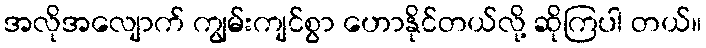
အလိုအလျောက် ကျွမ်းကျင်စွာ ဟောနိုင်တယ်လို့ ဆိုကြပါ တယ်။